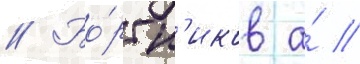
// Бо́ртн'иков а́ //